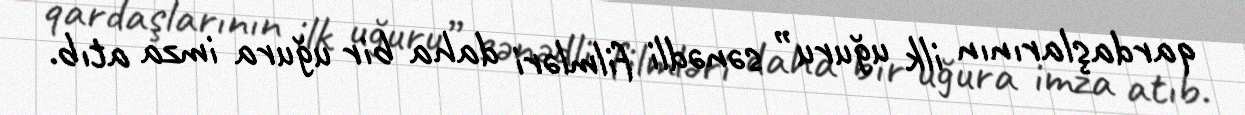
qardaşlarının ilk uğuru” sənədli filmləri daha bir uğura imza atıb.